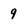
Character: 9